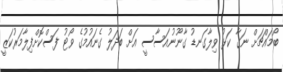
ބޯމައްޗަށް ނަގާ ކަޅު ވިލާގަނޑު ގާނޫނުއަސާސީ އަށް ބަދަލު ގެނައުމުގެ ވޯޓު ފަސްކޮށްފިލާމަރުކަޒީ